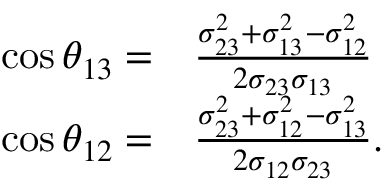
\begin{array} { r l } { \cos \theta _ { 1 3 } = } & { \frac { \sigma _ { 2 3 } ^ { 2 } + \sigma _ { 1 3 } ^ { 2 } - \sigma _ { 1 2 } ^ { 2 } } { 2 \sigma _ { 2 3 } \sigma _ { 1 3 } } } \\ { \cos \theta _ { 1 2 } = } & { \frac { \sigma _ { 2 3 } ^ { 2 } + \sigma _ { 1 2 } ^ { 2 } - \sigma _ { 1 3 } ^ { 2 } } { 2 \sigma _ { 1 2 } \sigma _ { 2 3 } } \mathrm { . } } \end{array}